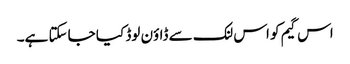
اس گیم کو اس لنک سے ڈاؤن لوڈ کیا جاسکتا ہے۔